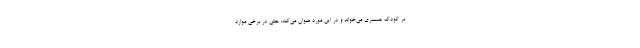
بر کودک همسری می‌خواند و در این مورد عنوان می‌کند: حتی در برخی موارد